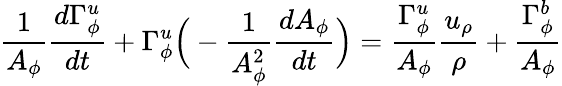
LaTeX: \frac{1}{A_{\phi}}\frac{d\Gamma_{\phi}^{u}}{dt}+\Gamma_{\phi}^{u}\Big(-\frac{1}{A_{\phi}^{2}}\frac{dA_{\phi}}{dt}\Big)=\frac{\Gamma_{\phi}^{u}}{A_{\phi}}\frac{u_{\rho}}{\rho}+\frac{\Gamma_{\phi}^{b}}{A_{\phi}}